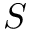
S